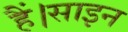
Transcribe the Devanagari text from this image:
हैं।साइन